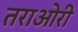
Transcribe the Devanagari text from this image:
तराओरी